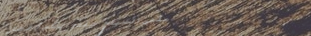
مقهى الصباح يقدم لكم أفضل